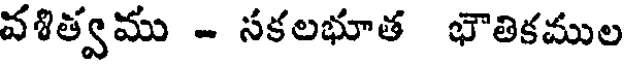
వశిత్వము - సకలభూత భౌతికముల